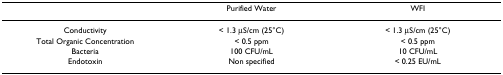
<table><thead><tr><td></td><td><b>Purified Water</b></td><td><b>WFI</b></td></tr></thead><tbody><tr><td>Conductivity</td><td>&lt; 1.3 μS/cm (25°C)</td><td>&lt; 1.3 μS/cm (25°C)</td></tr><tr><td>Total Organic Concentration</td><td>&lt; 0.5 ppm</td><td>&lt; 0.5 ppm</td></tr><tr><td>Bacteria</td><td>100 CFU/mL</td><td>10 CFU/mL</td></tr><tr><td>Endotoxin</td><td>Non specified</td><td>&lt; 0.25 EU/mL</td></tr></tbody></table>